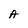
Character: A